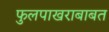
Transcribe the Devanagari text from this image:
फुलपाखराबाबत